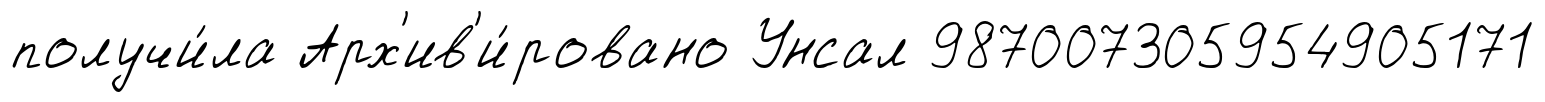
получи́ла Арх'ив'и́ровано Унсал 987007305954905171